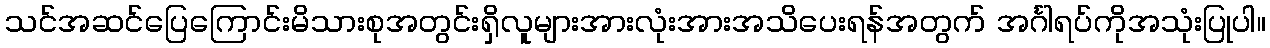
သင်အဆင်ပြေကြောင်းမိသားစုအတွင်းရှိလူများအားလုံးအားအသိပေးရန်အတွက် အင်္ဂါရပ်ကိုအသုံးပြုပါ။